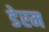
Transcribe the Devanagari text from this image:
डेरम